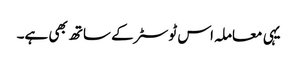
یہی معاملہ اس ٹوسٹر کے ساتھ بھی ہے۔